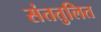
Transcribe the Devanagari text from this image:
संततुलित